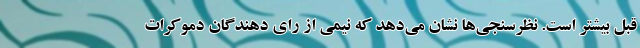
قبل بیشتر است. نظرسنجی‌ها نشان می‌دهد که نیمی از رای دهندگان دموکرات